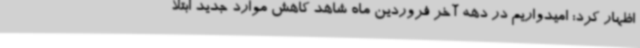
اظهار کرد: امیدواریم در دهه آخر فروردین ماه شاهد کاهش موارد جدید ابتلا